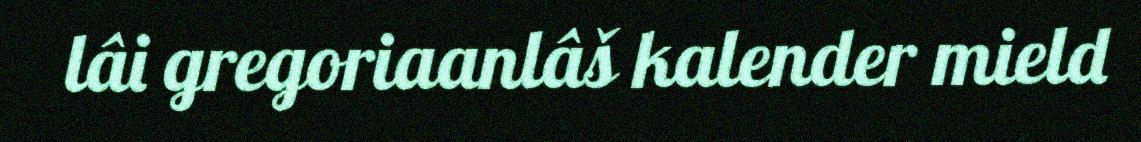
lâi gregoriaanlâš kalender mield